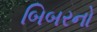
બિબરનો